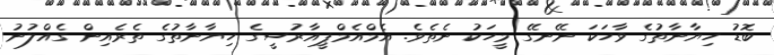
ބޮޑު ހިޔާނާތުގެ ވާހަކަ ނޭނގޭ މީހަކު ނެތެވެ. އެމްއެމްޕީއާރުސީގެ ހިޔާނާތުގެ ތެރެއިން ގެއްލުނު